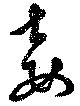
妾